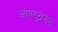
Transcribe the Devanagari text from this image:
ओएस्ट्रोजेन